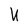
Character: U